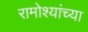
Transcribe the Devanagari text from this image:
रामोश्यांच्या